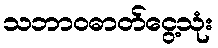
သဘာဝဓာတ်ငွေ့သုံး